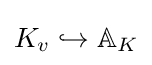
K_{v}\hookrightarrow \mathbb {A} _{K}